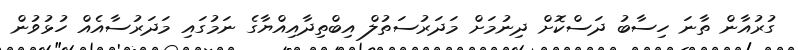
ގުރުއާން ތާނަ ހިސާބު ދަސްކޮށް ދިނުމަށް މަދަރުސަތުލް އިބްތިދާއިއްޔާގެ ނަމުގައި މަދަރުސާއެއް ހުޅުވުން